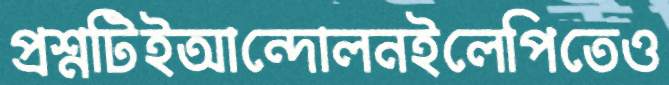
প্রশ্নটিইআন্দোলনইলেপিতেও